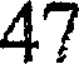
47